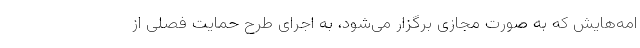
امه‌هایش که به صورت مجازی برگزار می‌شود، به اجرای طرح حمایت فصلی از